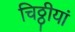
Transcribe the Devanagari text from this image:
चिठ्ठीयां